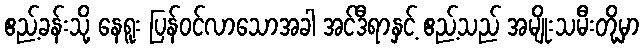
ဧည့်ခန်းသို့ နေရူး ပြန်ဝင်လာသောအခါ အင်ဒီရာနှင့် ဧည့်သည် အမျိုးသမီးတို့မှာ